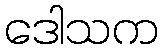
ဒေါသက